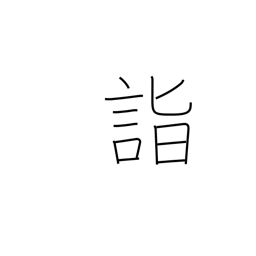
Meaning: attain